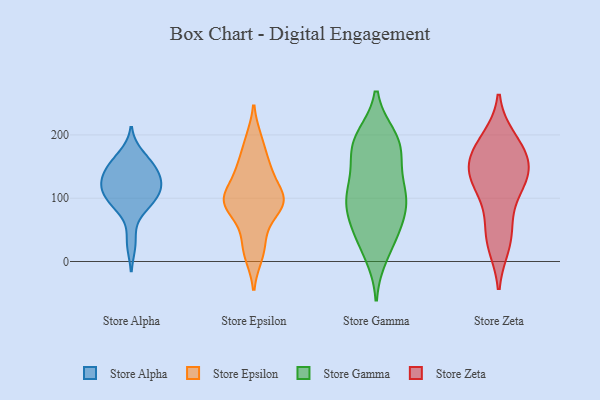
{"axis": {"x": "Demand Index", "y": "Value"}, "legend": ["Store Alpha", "Store Epsilon", "Store Gamma", "Store Zeta"], "data": [{"x": "", "y": 94, "type": "Store Alpha"}, {"x": "", "y": 101, "type": "Store Alpha"}, {"x": "", "y": 103, "type": "Store Alpha"}, {"x": "", "y": 122, "type": "Store Alpha"}, {"x": "", "y": 119, "type": "Store Alpha"}, {"x": "", "y": 156, "type": "Store Alpha"}, {"x": "", "y": 168, "type": "Store Alpha"}, {"x": "", "y": 130, "type": "Store Alpha"}, {"x": "", "y": 124, "type": "Store Alpha"}, {"x": "", "y": 29, "type": "Store Alpha"}, {"x": "", "y": 84, "type": "Store Alpha"}, {"x": "", "y": 148, "type": "Store Alpha"}, {"x": "", "y": 146, "type": "Store Alpha"}, {"x": "", "y": 10, "type": "Store Epsilon"}, {"x": "", "y": 142, "type": "Store Epsilon"}, {"x": "", "y": 37, "type": "Store Epsilon"}, {"x": "", "y": 91, "type": "Store Epsilon"}, {"x": "", "y": 153, "type": "Store Epsilon"}, {"x": "", "y": 94, "type": "Store Epsilon"}, {"x": "", "y": 87, "type": "Store Epsilon"}, {"x": "", "y": 93, "type": "Store Epsilon"}, {"x": "", "y": 111, "type": "Store Epsilon"}, {"x": "", "y": 192, "type": "Store Epsilon"}, {"x": "", "y": 113, "type": "Store Gamma"}, {"x": "", "y": 52, "type": "Store Gamma"}, {"x": "", "y": 93, "type": "Store Gamma"}, {"x": "", "y": 94, "type": "Store Gamma"}, {"x": "", "y": 179, "type": "Store Gamma"}, {"x": "", "y": 179, "type": "Store Gamma"}, {"x": "", "y": 98, "type": "Store Gamma"}, {"x": "", "y": 67, "type": "Store Gamma"}, {"x": "", "y": 11, "type": "Store Gamma"}, {"x": "", "y": 196, "type": "Store Gamma"}, {"x": "", "y": 195, "type": "Store Gamma"}, {"x": "", "y": 52, "type": "Store Gamma"}, {"x": "", "y": 162, "type": "Store Gamma"}, {"x": "", "y": 27, "type": "Store Gamma"}, {"x": "", "y": 120, "type": "Store Gamma"}, {"x": "", "y": 184, "type": "Store Gamma"}, {"x": "", "y": 107, "type": "Store Gamma"}, {"x": "", "y": 97, "type": "Store Zeta"}, {"x": "", "y": 162, "type": "Store Zeta"}, {"x": "", "y": 135, "type": "Store Zeta"}, {"x": "", "y": 193, "type": "Store Zeta"}, {"x": "", "y": 33, "type": "Store Zeta"}, {"x": "", "y": 55, "type": "Store Zeta"}, {"x": "", "y": 124, "type": "Store Zeta"}, {"x": "", "y": 152, "type": "Store Zeta"}, {"x": "", "y": 137, "type": "Store Zeta"}, {"x": "", "y": 180, "type": "Store Zeta"}, {"x": "", "y": 27, "type": "Store Zeta"}, {"x": "", "y": 183, "type": "Store Zeta"}, {"x": "", "y": 134, "type": "Store Zeta"}]}